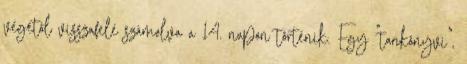
végétől visszafelé számolva a 14. napon történik. Egy "tankönyvi",